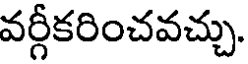
వర్గీకరించవచ్చు.